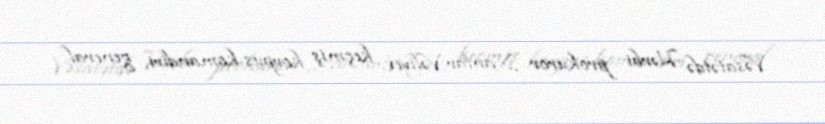
Vəsatətdə Hərbi prokuror Xanlar Vəliyev, keçmiş korpus komandiri, general